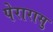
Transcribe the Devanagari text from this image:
पेरारासु